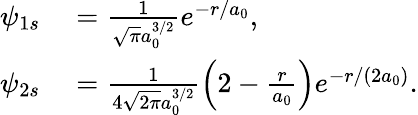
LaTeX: \begin{array}{rl}{\psi_{1s}}&{{}=\frac{1}{\sqrt\pi a_{0}^{3/2}}e^{-r/a_{0}},}\\ {\psi_{2s}}&{{}=\frac{1}{4\sqrt{2\pi}a_{0}^{3/2}}\left(2-\frac{r}{a_{0}}\right)e^{-r/(2a_{0})}.}\end{array}